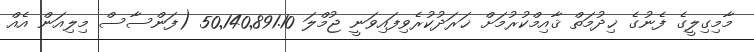
މާމިގިލީގެ ފެނުގެ ޚިދުމަތް ޤާއިމްކުރުމަށް ޚަރަދުކުރެވިފައިވަނީ ޖުމްލަ 50